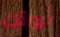
ثروتك